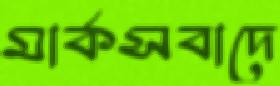
মার্কসবাদে